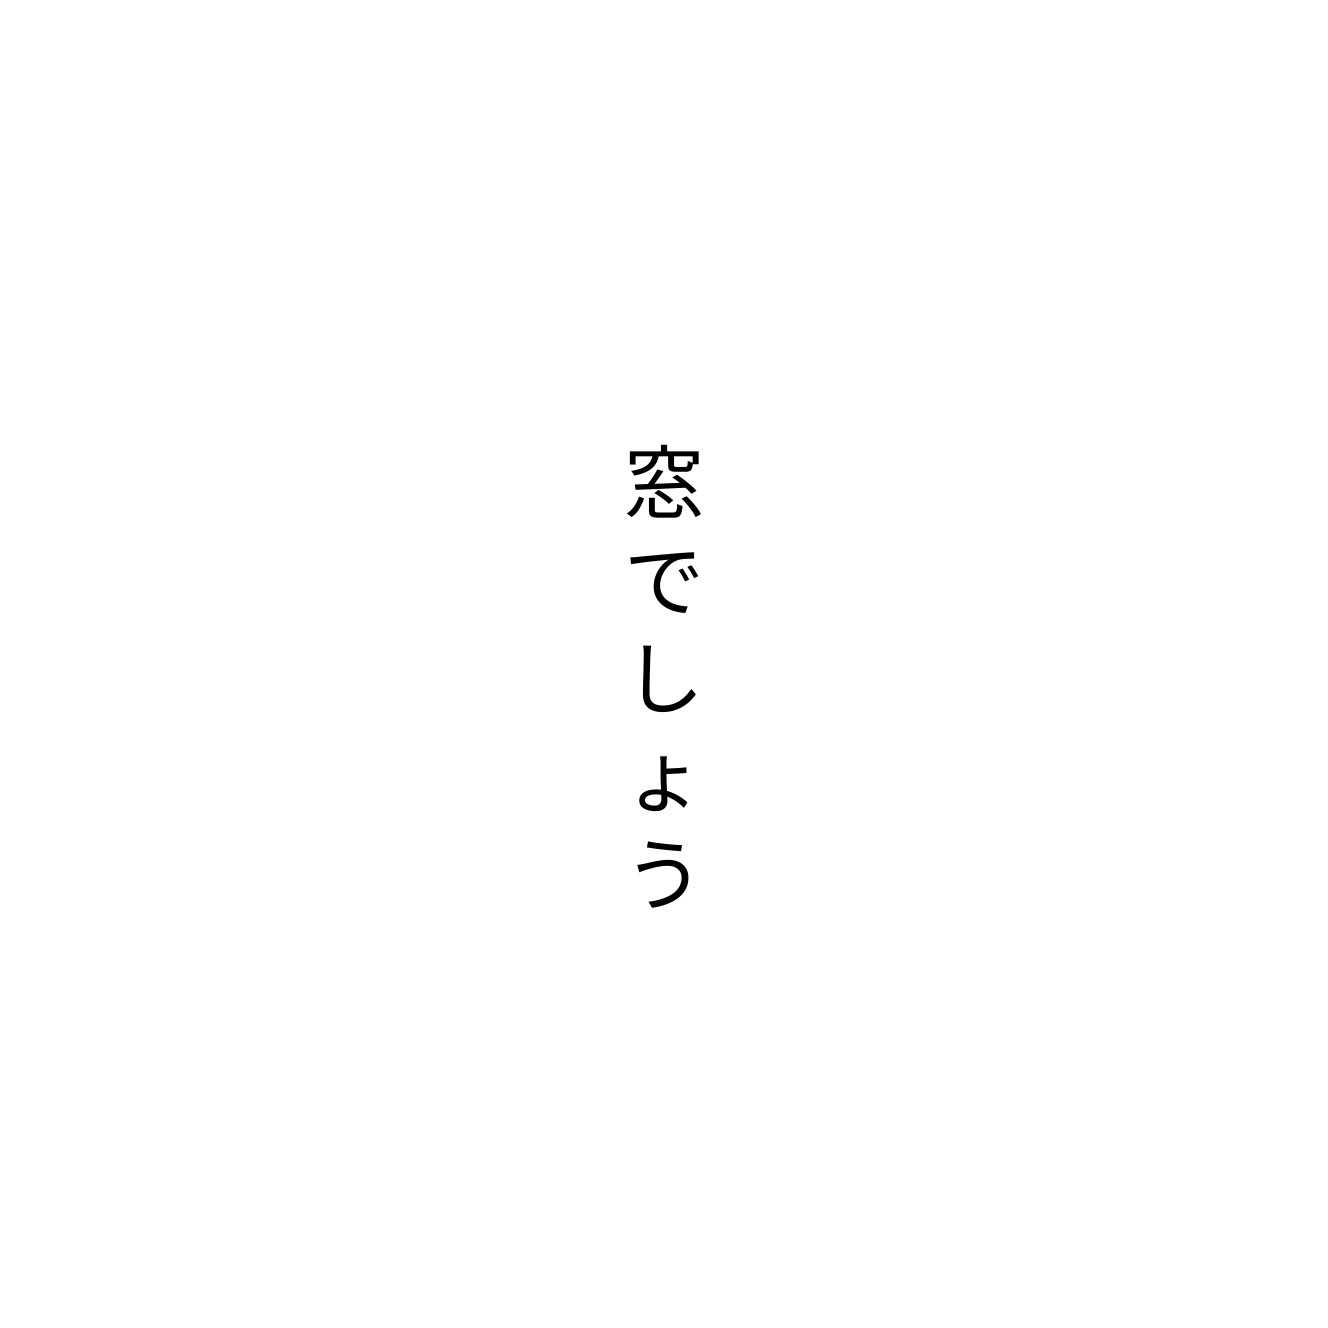
窓でしょう